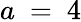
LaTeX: a\ =\ 4